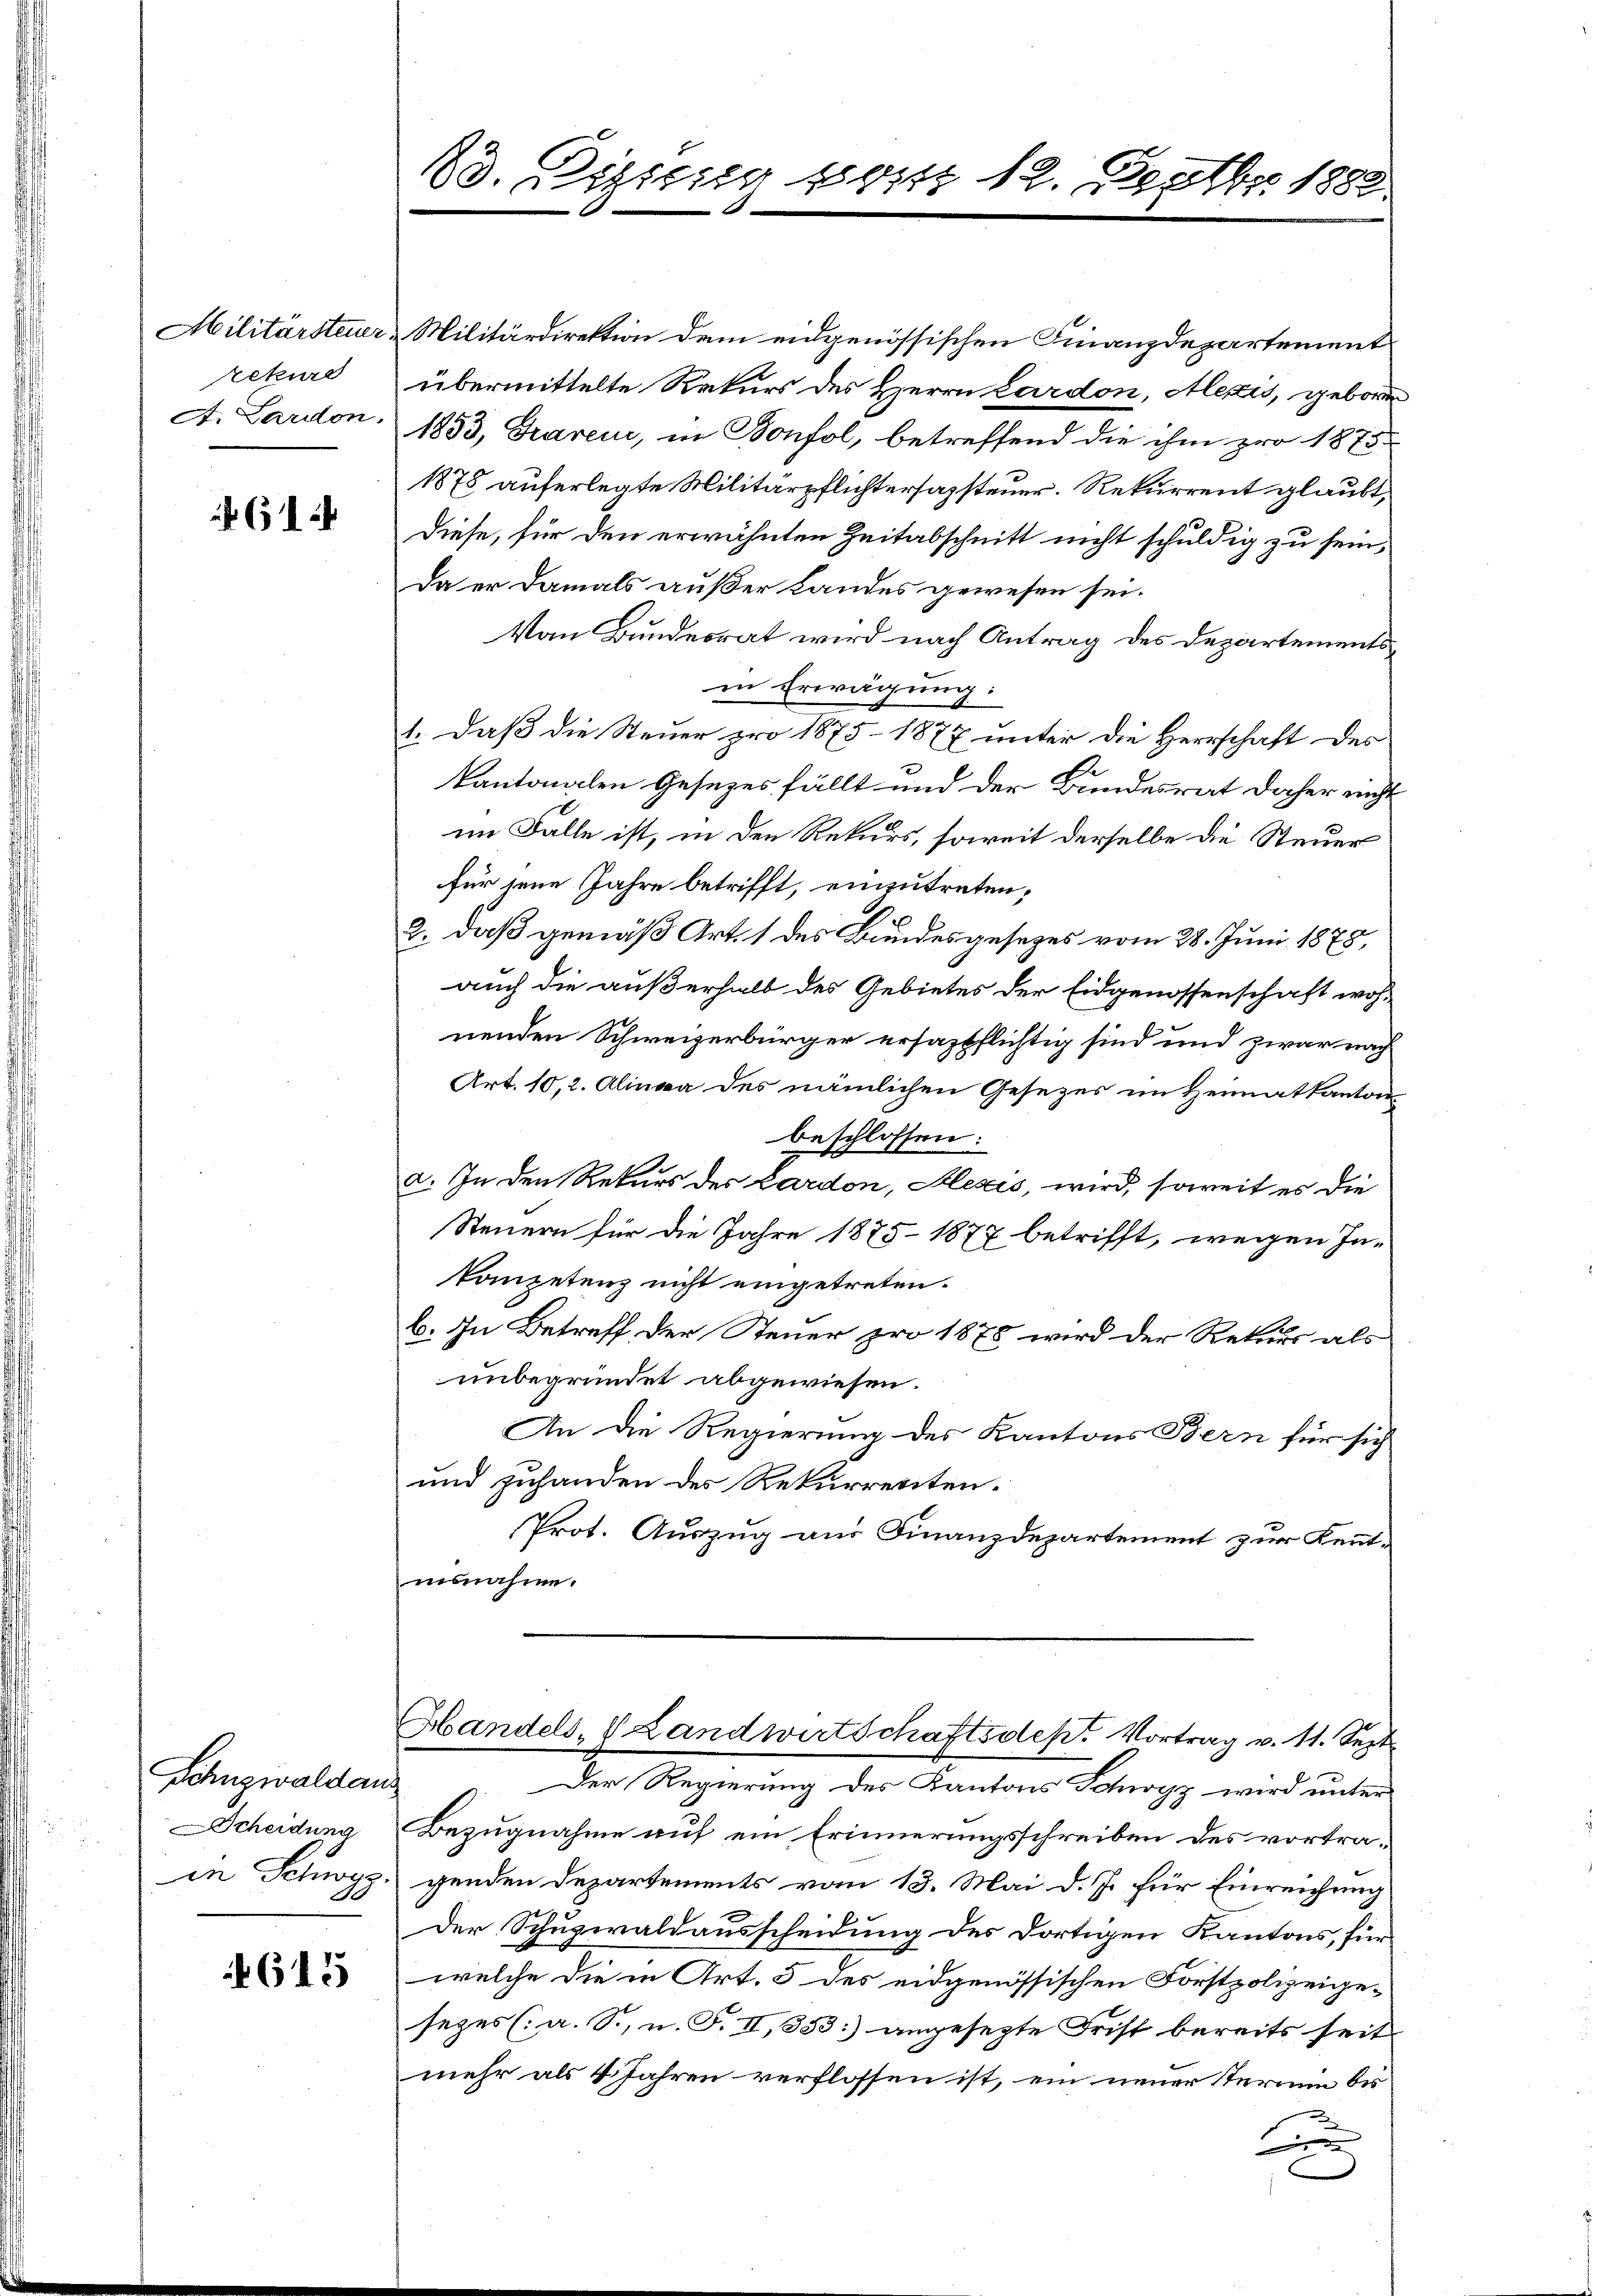
rekurs
A. Lardon.

614

Schnzwaldaus
cheidung
in Schwyz.

615

18. Disseng pris 12. Septbr. 1888.

Militärsteuer-Militärdirektion dem eidgenössischen Finanzdepartement
übermittelte Rekurs des Herrn Lardon, Alexis, geboren
1853, Graren, in Bonfol, betreffend die ihm pro 1875.
1878 auferlegte Militärpflichtersazsteuer. Rekurrent glaubt,
Diese, für den erwähnten Zeitabschnitt nicht schuldig zu sein,
da er damals außer Landes gewesen sei.
Von Bundesrat wird nach Antrag des Departementsin Erwägung:
1. daß die Steuer pro 1875 - 1877 unter die Herrschaft des
kantonalen Gesezes fällt und der Bundesrat daher nicht
im Falle ist, in den Rekurs, soweit derselbe die Steuer
für jene Jahre betrifft, einzutreten,
2. daß gemäß Art. 1 des Bundesgesezes vom 28. Juni 1875,
auch die außerhalb des Gebietes der Eidgenossenschaft wohnenden Schweizerbürger ersazpflichtig sind und zwar nach
Art. 10,2. Alinea des nämlichen Gesezes im Heimatkanton
beschlossen:
a. In den Rekurs des Lardon, Klesis, wird, soweit es die
Steuern für die Jahre 1875. 1877 betrifft, wegen In-
konzetenz nicht eingetreten.
b. In Betreff der Steuer pro 1878 wird der Rekurs als
unbegründet abgewiesen.
An die Regierung des Kantons Bern für sich
und zuhanden des Rekurrenten.
Prot. Auszug aus Finanzdepartement zur Kennt-
insnahme.
Handels, V Landwirtschaftsdept Vortrag v. 11. Sept.
. Der Regierung des Kantons Schwyz wird unter
Bezugnahme auf ein Erinnerungsschreiben des vortragenden Departements vom 13. Mai d. J. für Einreichung
Der Schuzwaldausscheidung des dortigen Kantons, für
welche die in Art. 3 des eidgenössischen Forstpolizeigesezes (a. S., n. F. II, 333) angesezte Frist bereits seit
mehr als 4 Jahren verflossen ist, ein neuer termin bis
n